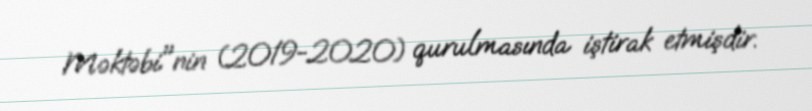
Məktəbi"nin (2019-2020) qurulmasında iştirak etmişdir.